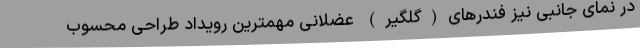
در نمای جانبی نیز فندرهای(گلگیر) عضلانی مهمترین رویداد طراحی محسوب